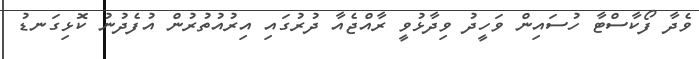
ވެދާ ފޯކާސްޓާ ހުސައިން ވަހީދު ވިދާޅުވީ ރާއްޖެއާ ދުރުގައި އިރުއުތުރުން އުފެދުނު ކޮޅިގަނޑު